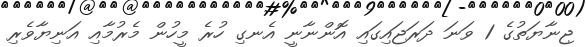
ޖިނާޔަތުގެ 1 ވަނަ ދަރަޖައިގައި އޮންނާނީ އެނގި ހުރެ މީހުން މެރުމާއި އަނިޔާވެރި